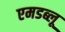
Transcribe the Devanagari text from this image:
एमडब्लू